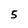
Character: 5